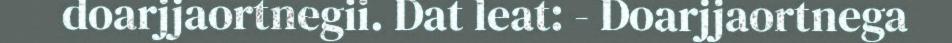
doarjjaortnegii. Dat leat: - Doarjjaortnega